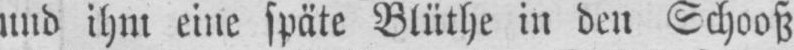
und ihm eine späte Blüthe in den Schooß